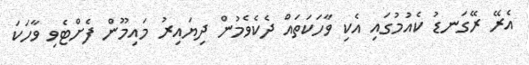
އެރޭ ރޭގަނޑު ކެއުމުގައި އެކި ވާހަކަތައް ދެކެވެމުން ދިޔައިރު މައިމޫން ފެށްޓެވި ވާހަކަ